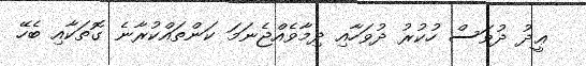
ޢީދު ދުވަސް ހުކުރު ދުވަހާއި ދިމާވެއްޖެނަމަ ކަންތައްކުރާނެ ގޮތަކާއި ބެހޭ